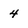
Character: 4